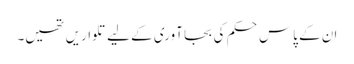
ان کے پاس حکم کی بجا آوری کے لیے تلواریں تھیں۔